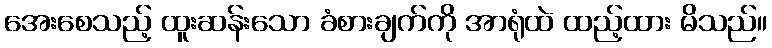
အေးစေသည့် ထူးဆန်းသော ခံစားချက်ကို အာရုံထဲ ထည့်ထား မိသည်။